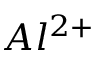
A l ^ { 2 + }